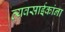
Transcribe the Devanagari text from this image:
व्यवसाईकांना